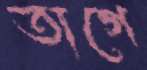
তাগে